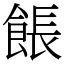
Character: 餦